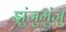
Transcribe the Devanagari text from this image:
झुंजुमुंजु